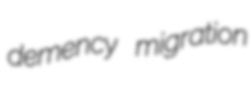
demency migration